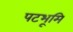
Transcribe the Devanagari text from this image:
पटभूमि